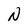
Character: N